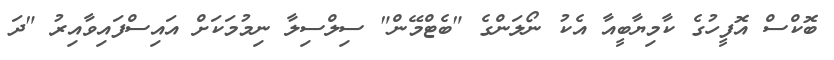
ބޮކްސް އޮފީހުގެ ކާމިޔާބީއާ އެކު ނޯލަންގެ "ބެޓްމޭން" ސިލްސިލާ ނިމުމަކަށް އައިސްފައިވާއިރު "ދަ